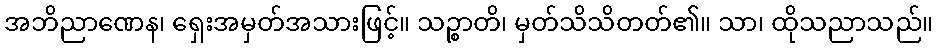
အဘိညာဏေန၊ ရှေးအမှတ်အသားဖြင့်။ သဉ္စာတိ၊ မှတ်သိသိတတ်၏။ သာ၊ ထိုသညာသည်။